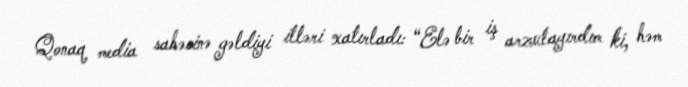
Qonaq media sahəsinə gəldiyi illəri xatırladı: “Elə bir iş arzulayırdım ki, həm